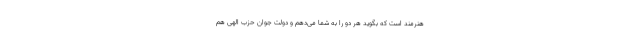
هنرمند است که بگوید هر دو را به شما می‌دهم و دولت جوان حزب الهی هم